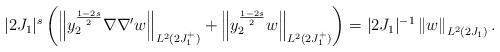
LaTeX: \begin{align*}|2J_1|^s \left( \left\| y_{2}^{\frac{1-2s}{2}}\nabla \nabla' w \right\|_{L^2(2J_1^+)} + \left\| y_{2}^{\frac{1-2s}{2}}w \right\|_{L^2(2J_1^+)} \right)= |2J_1|^{-1}\left\| w \right\|_{L^2(2J_1)}.\end{align*}